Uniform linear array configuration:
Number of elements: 12
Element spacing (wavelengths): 1
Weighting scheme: hann
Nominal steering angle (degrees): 15
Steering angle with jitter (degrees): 16.832
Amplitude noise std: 0.05
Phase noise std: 0.05

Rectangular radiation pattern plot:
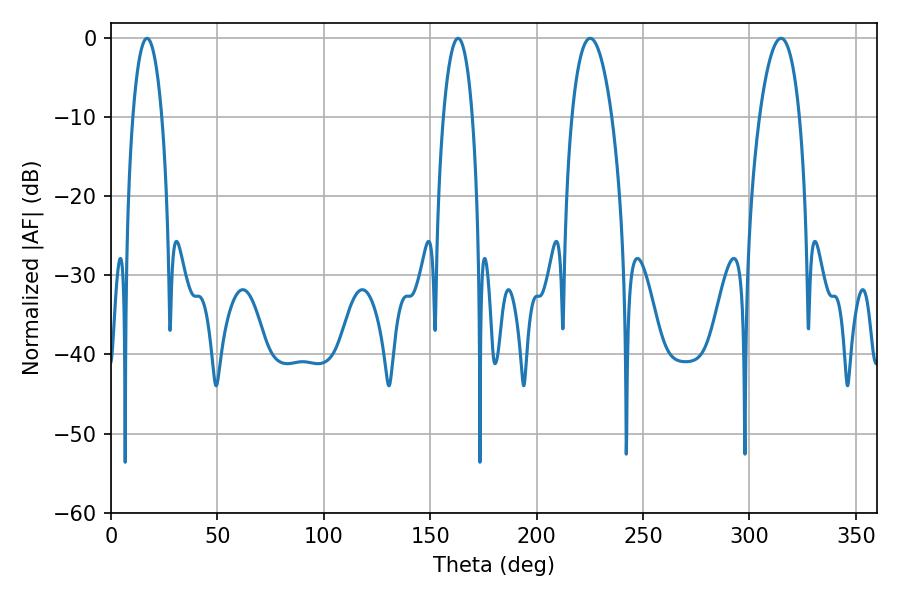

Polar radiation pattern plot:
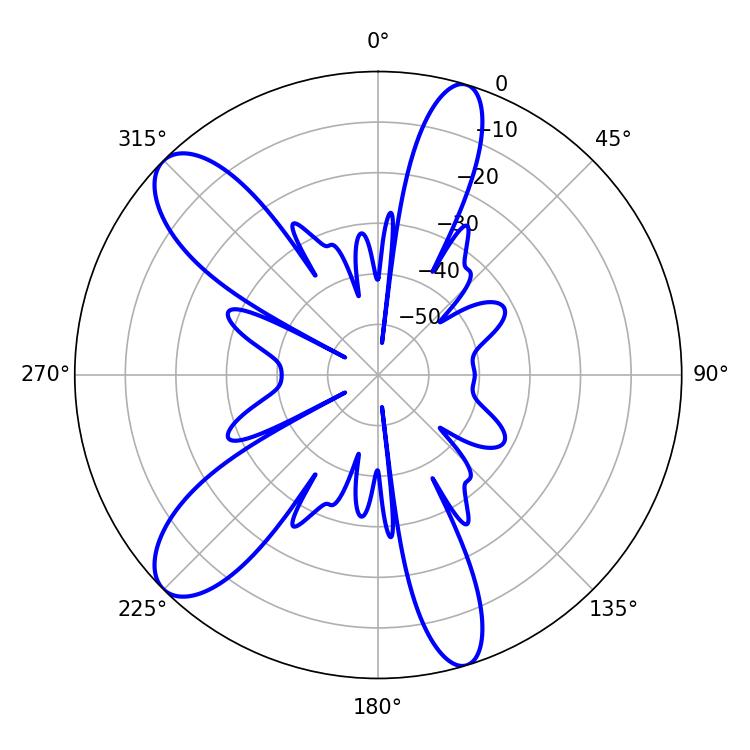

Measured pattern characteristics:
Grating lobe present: TRUE
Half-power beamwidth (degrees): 7.56
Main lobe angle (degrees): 16.92